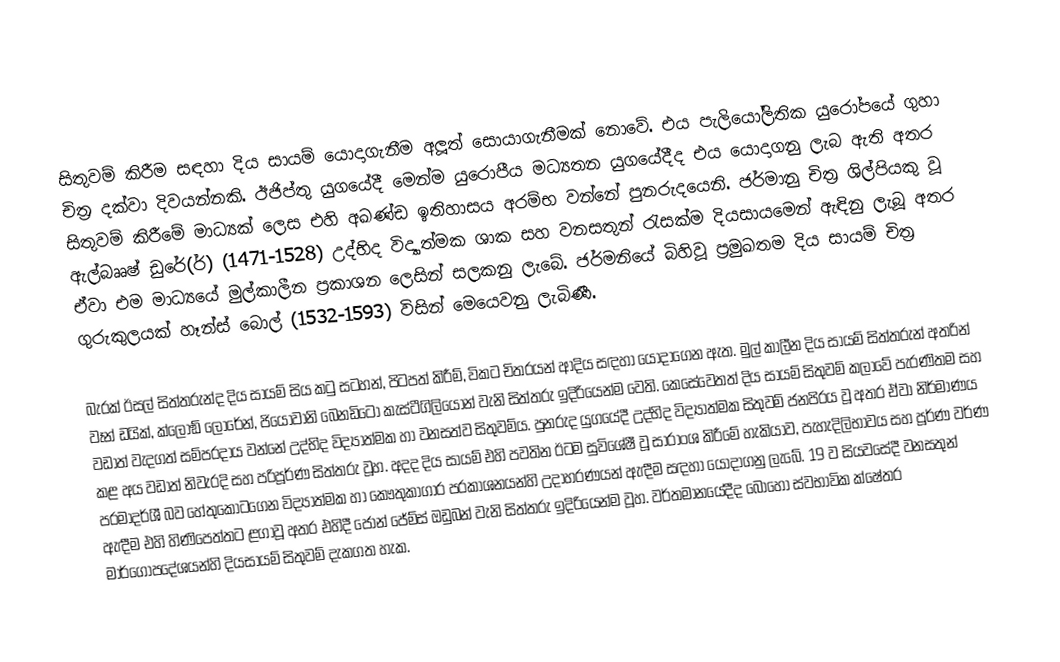
සිතුවම් කිරීම සඳහා දිය සායම් යොදාගැනීම අලූත් සොයාගැනීමක් නොවේ. එය පැලියෝලිතික යුරෝපයේ ගුහා චිත‍්‍ර දක්වා දිවයන්නකි. ඊජිප්තු යුගයේදී මෙන්ම යුරොපීය මධ්‍යතන යුගයේදීද එය යොදාගනු ලැබ ඇති අතර සිතුවම් කිරීමේ මාධ්‍යක් ලෙස එහි අඛණ්ඩ ඉතිහාසය අරම්භ වන්නේ පුනරුදයෙනි. ජර්මානු චිත‍්‍ර ශිල්පියකු වූ ඇල්බෲෂ් ඩුරේ(ර්) (1471-1528) උද්භිද විද්‍යාත්මක ශාක සහ වනසතුන් රැසක්ම දියසායමෙන් ඇඳිනු ලැබූ අතර ඒවා එම මාධ්‍යයේ මුල්කාලීන ප‍්‍රකාශන ලෙසින් සලකනු ලැබේ. ජර්මනියේ බිහිවූ ප්‍රමුඛතම දිය සායම් චිත‍්‍ර ගුරුකුලයක් හෑන්ස් බොල් (1532-1593) විසින් මෙයෙවනු ලැබිණී.

බැරක් ඊසල් සිත්තරුන්ද දිය සායම් සිය කටු සටහන්, පිටපත් කිරීම්, විකට චිත‍්‍රයන් ආදිය සඳහා යොදාගෙන ඇත. මුල් කාලීන දිය සායම් සිත්තරුන් අතරින් වෑන් ඩයික්, ක්ලෝඞ් ලොරේන්, ජියෝවානි බෙනඩිටෝ කැස්ටීගිලියොන් වැනි සිත්තරු ඉදිරියෙන්ම වෙති. කෙසේවෙතත් දිය සායම් සිතුවම් කලාවේ පැරණිතම සහ වඩාත් වැදගත් සම්ප‍්‍රදාය වන්නේ උද්භිද විද්‍යාත්මක හා වනසත්ව සිතුවම්ය. පුනරුද යුගයේදී උද්භිද විද්‍යාත්මක සිතුවම් ජනපි‍්‍රය වූ අතර ඒවා නිර්මාණය කළ අය වඩාත් නිවැරදි සහ පරිපූර්ණ සිත්තරු වූහ. අදද දිය සායම් එහි පවතින ඊටම සුවිශේෂී වූ සාරාංශ කිරීමේ හැකියාව, පැහැදිලිභාවය සහ පූර්ණ වර්ණ පරමාදර්ශී බව හේතුකොටගෙන විද්‍යාත්මක හා කෞතුකාගාර ප‍්‍රකාශනයන්හි උදාහරණයන් ඇඳීම සඳහා යොදාගනු ලැබේ. 19 ව සියවසේදී වනසතුන් ඇඳීම එහි හිණිපෙත්තට ළගාවූ අතර එහිදී ජෝන් ජේම්ස් ඔඩුබන් වැනි සිත්තරු ඉදිරියෙන්ම වූහ. වර්තමානයේදීද බොහෝ ස්වභාවික ක්ෂේත‍්‍ර මාර්ගෝපදේශයන්හි දියසායම් සිතුවම් දැකගත හැක.